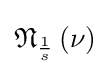
{\mathfrak {N}}_{\frac {1}{s}}\left(\nu \right)